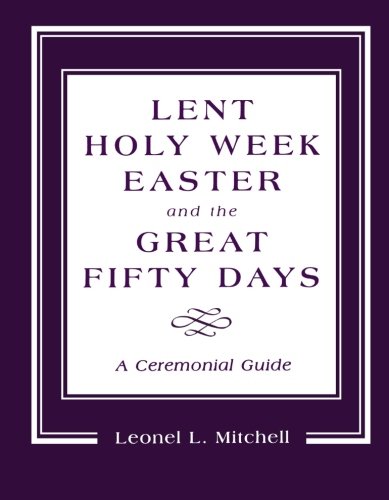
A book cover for Lent, Holy Week, Easter and the Great Fifty Days: A Ceremonial Guide; Leonel Mitchell; Christian Books & Bibles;